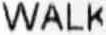
WALK